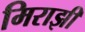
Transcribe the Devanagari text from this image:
मिराझी